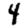
Digit: 4